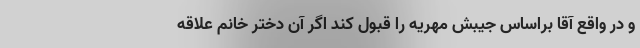
و در واقع آقا براساس جیبش مهریه را قبول کند اگر آن دختر خانم علاقه